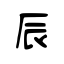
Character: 辰